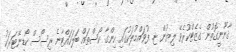
ޤާނޫނީގޮތުން ގެޒެޓްކުރެވޭ ލިޔުން ޏ. ފުވައްމުލަކުގައި ހިންގާ ކޯސްތައް ބަލަހައްޓާނެ ރިސޯސް ކޯޑިނޭޓަރަކު